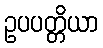
ဥပပတ္တိယာ